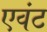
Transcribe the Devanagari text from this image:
एवंट